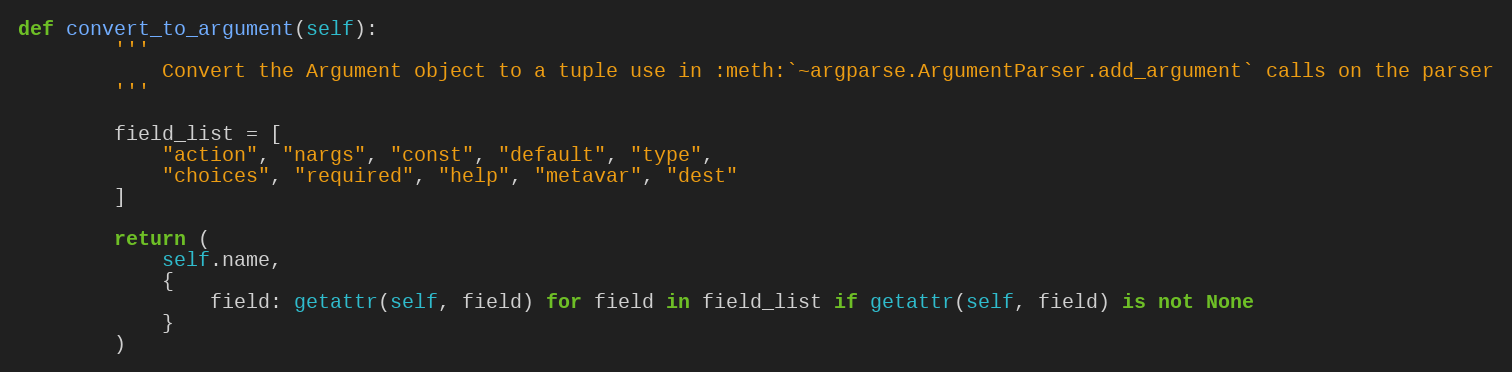
Language: Python
def convert_to_argument(self):
        '''
            Convert the Argument object to a tuple use in :meth:`~argparse.ArgumentParser.add_argument` calls on the parser
        '''

        field_list = [
            "action", "nargs", "const", "default", "type",
            "choices", "required", "help", "metavar", "dest"
        ]

        return (
            self.name,
            {
                field: getattr(self, field) for field in field_list if getattr(self, field) is not None
            }
        )